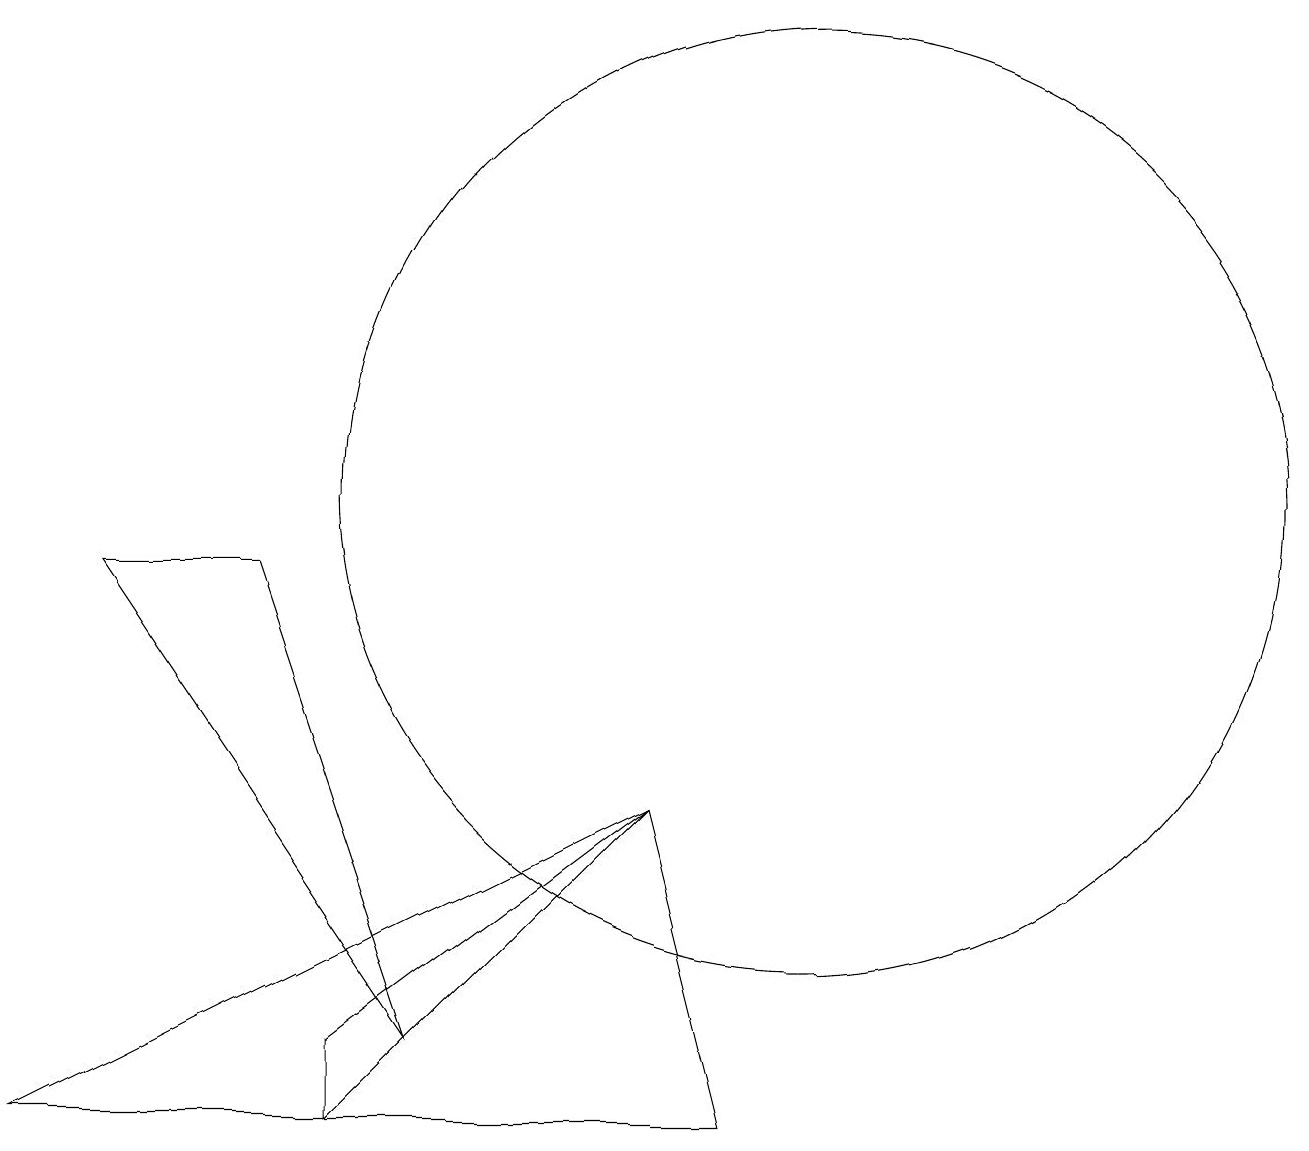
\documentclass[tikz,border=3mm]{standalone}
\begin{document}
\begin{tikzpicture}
\draw (4,2) -- (8,6) -- (4,3) -- cycle;
\draw (9,2) -- (8,6) -- (0,2) -- cycle;
\draw (1,9) -- (3,9) -- (5,3) -- cycle;
\draw (10,10) circle (6);
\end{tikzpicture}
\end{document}